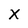
Character: X